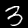
Digit: 3